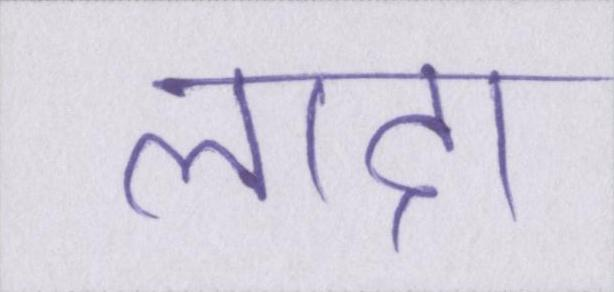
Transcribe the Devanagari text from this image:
लादा